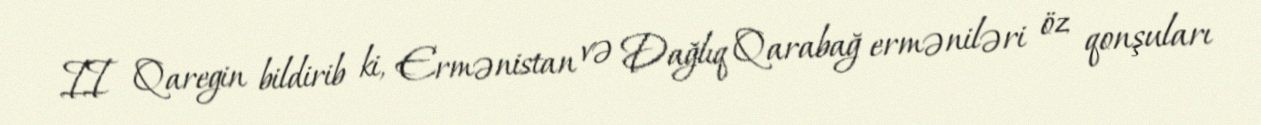
II Qaregin bildirib ki, Ermənistan və Dağlıq Qarabağ erməniləri öz qonşuları